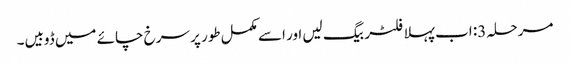
مرحلہ 3: اب پہلا فلٹر بیگ لیں اور اسے مکمل طور پر سرخ چائے میں ڈوبیں۔